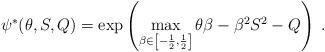
LaTeX: \begin{align*}\psi^*(\theta, S, Q) = \exp \left( \max_{\beta \in \left[-\frac{1}{2},\frac{1}{2}\right]} \theta \beta - \beta^2 S^2 - Q \right) \: .\end{align*}